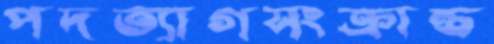
পদত্যাগসংক্রান্ত